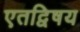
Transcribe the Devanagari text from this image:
एतद्विषय